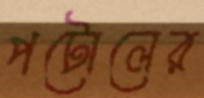
পটোলের